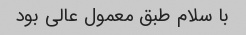
با سلام طبق معمول عالی بود